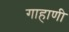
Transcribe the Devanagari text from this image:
गाहाणी